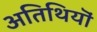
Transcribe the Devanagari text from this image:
अतिथियॊं